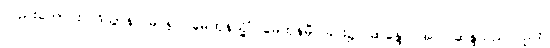
လည်းကောင်း။ ဒိသွာန၊ မြင်၍။ မေထုနသ္မိံ၊ မေထုန်မှီဝဲခြင်း၌။ ဆန္ဒော အပိ၊ ဆန္ဒသည်လည်း။